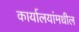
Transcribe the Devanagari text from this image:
कार्यालयांमधील